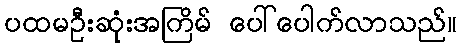
ပထမဦးဆုံးအကြိမ် ပေါ်ပေါက်လာသည်။